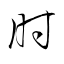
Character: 肘